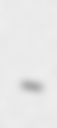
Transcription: -